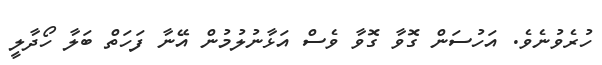
ހުރެވުނެވެ. އަހުސަން ގޮވާ ގޮވާ ވެސް އަޅާނުލުމުން އޭނާ ފަހަތް ބަލާ ހޯދާލީ